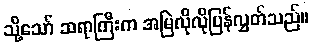
သို့သော် ဆရာကြီးက အမြဲလိုလိုပြန်လွှတ်သည်။